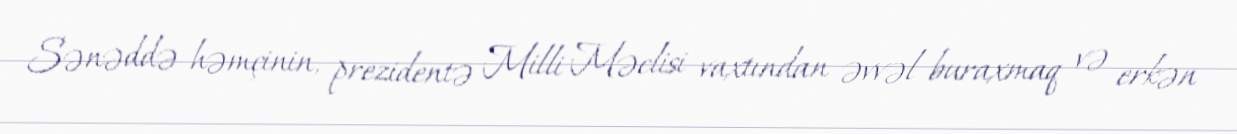
Sənəddə həmçinin, prezidentə Milli Məclisi vaxtından əvvəl buraxmaq və erkən